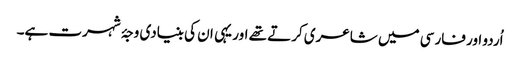
اُردو اور فارسی میں شاعری کرتے تھے اور یہی ان کی بنیادی وجۂ شہرت ہے۔